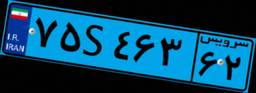
۷۵S۴۶۳۶۲